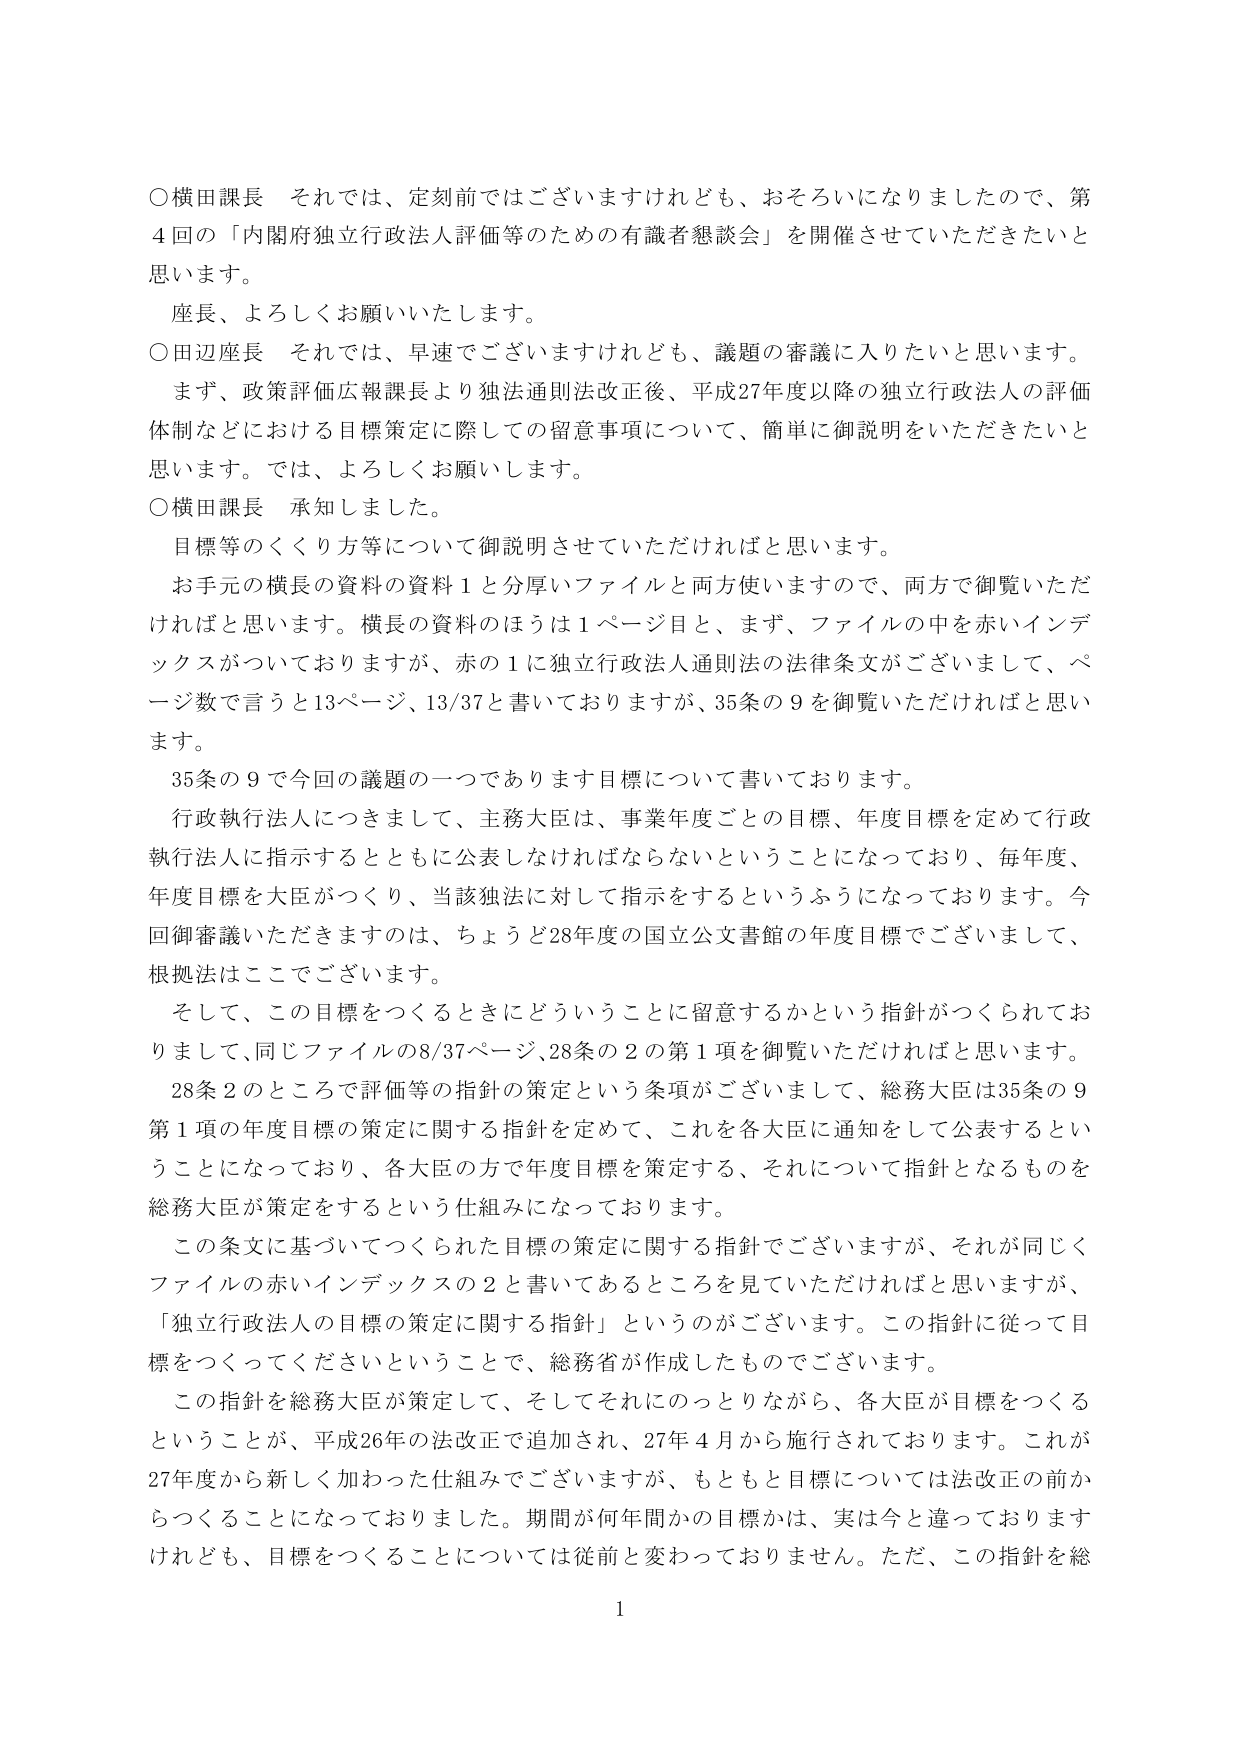
○横田課長　それでは、定刻前ではございますけれども、おそろいになりましたので、第4回の「内閣府独立行政法人評価等のための有識者懇談会」を開催させていただきたいと思います。
座長、よろしくお願いいたします。

○田辺座長　それでは、早速でございますけれども、議題の審議に入りたいと思います。
　まず、政策評価広報課長より独法通則法改正後、平成27年度以降の独立行政法人の評価体制などにおける目標策定に際しての留意事項について、簡単に御説明をいただきたいと思います。では、よろしくお願いします。

○横田課長　承知しました。
　目標等のくくり方等について御説明させていただければと思います。
　お手元の横長の資料の資料1と分厚いファイルと両方使いますので、両方で御覧いただければと思います。横長の資料のほうは1ページ目と、まず、ファイルの中を赤いインデックスがついておりますが、赤の1に独立行政法人通則法の法律条文がございまして、ページ数で言うと13ページ、13/37と書いておりますが、35条の9を御覧いただければと思います。
　35条の9で今回の議題の一つであります目標について書いております。
　行政執行法人につきまして、主務大臣は、事業年度ごとの目標、年度目標を定めて行政執行法人に指示するとともに公表しなければならないということになっており、毎年度、年度目標を大臣がつくり、当該独法に対して指示をするというふうになっております。今回御審議いただきますのは、ちょうど28年度の国立公文書館の年度目標でございまして、根拠法はここでございます。
　そして、この目標をつくるときにどういうことに留意するかという指針がつくられておりまして、同じファイルの8/37ページ、28条の2の第1項を御覧いただければと思います。
　28条2のところで評価等の指針の策定という条項がございまして、総務大臣は35条の9第1項の年度目標の策定に関する指針を定めて、これを各大臣に通知をして公表するということになっており、各大臣の方で年度目標を策定する、それについて指針となるものを総務大臣が策定をするという仕組みになっております。
　この条文に基づいてつくられた目標の策定に関する指針でございますが、それが同じくファイルの赤いインデックスの2と書いてあるところを見ていただければと思いますが、「独立行政法人の目標の策定に関する指針」というのがございます。この指針に従って目標をつくってくださいということで、総務省が作成したものでございます。
　この指針を総務大臣が策定して、そしてそれにのっとりながら、各大臣が目標をつくるということが、平成26年の法改正で追加され、27年4月から施行されております。これが27年度から新しく加わった仕組みでございますが、もともと目標については法改正の前からつくることになっておりました。期間が何年間かの目標かは、実は今と違っておりますけれども、目標をつくることについては従前と変わっておりません。ただ、この指針を総

1